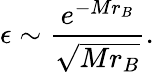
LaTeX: \epsilon\sim\frac{e^{-Mr_{B}}}{\sqrt{Mr_{B}}}.